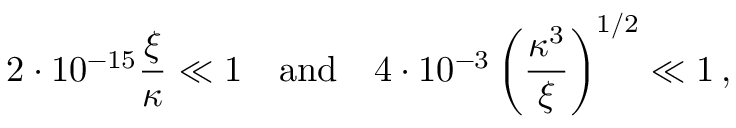
2 \cdot 1 0 ^ { - 1 5 } \frac { \xi } { \kappa } \ll 1 \quad \mathrm { a n d } \quad 4 \cdot 1 0 ^ { - 3 } \left( \frac { \kappa ^ { 3 } } { \xi } \right) ^ { 1 / 2 } \ll 1 \, ,